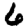
Digit: 6